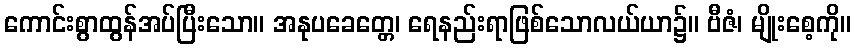
ကောင်းစွာထွန်အပ်ပြီးသော။ အနုပခေတ္တေ၊ ရေနည်းရာဖြစ်သောလယ်ယာ၌။ ဗီဇံ၊ မျိုးစေ့ကို။